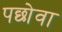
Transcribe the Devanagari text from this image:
पछोवा